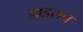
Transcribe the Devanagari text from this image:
डाड्सन